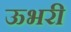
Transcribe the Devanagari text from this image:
ऊभरी